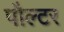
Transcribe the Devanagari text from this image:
पौल्टर